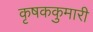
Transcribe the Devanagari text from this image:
कृषककुमारी